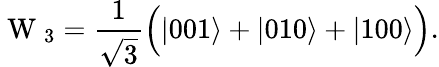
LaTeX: \mathrm{~W~}_{3}=\frac{1}{\sqrt{3}}\Big(\vert 001\rangle+\vert 010\rangle+\vert 100\rangle\Big).